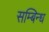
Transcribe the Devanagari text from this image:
सम्बिन्ध